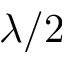
\lambda / 2